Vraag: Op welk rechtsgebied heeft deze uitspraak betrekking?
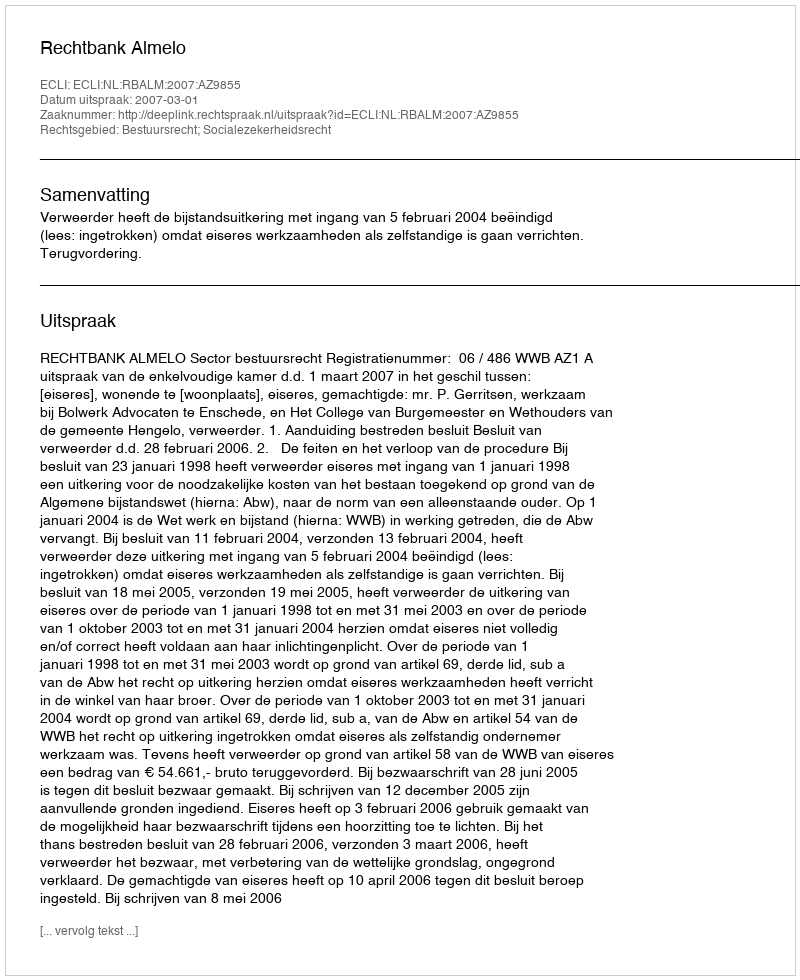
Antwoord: Bestuursrecht; Socialezekerheidsrecht